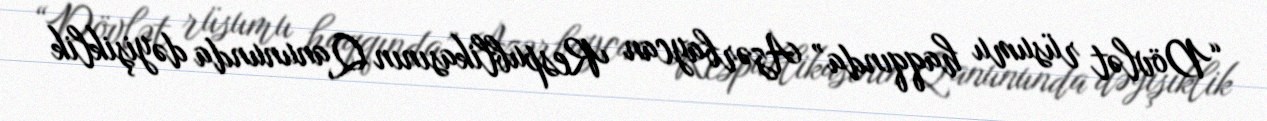
“Dövlət rüsumu haqqında” Azərbaycan Respublikasının Qanununda dəyişiklik